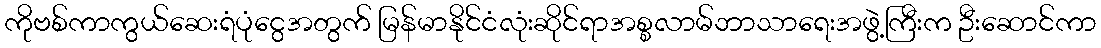
ကိုဗစ်ကာကွယ်ဆေးရံပုံငွေအတွက် မြန်မာနိုင်ငံလုံးဆိုင်ရာအစ္စလာမ်ဘာသာရေးအဖွဲ့ကြီးက ဦးဆောင်ကာ